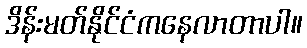
ဒိန်းမတ်နိုင်ငံကနေလာတာပါ။